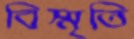
বিস্মৃতি